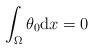
\begin{align*}\int_{\Omega} \theta_{0} \mathrm{d}x = 0 \end{align*}